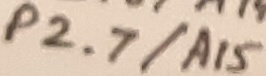
Text: P2.7/A15